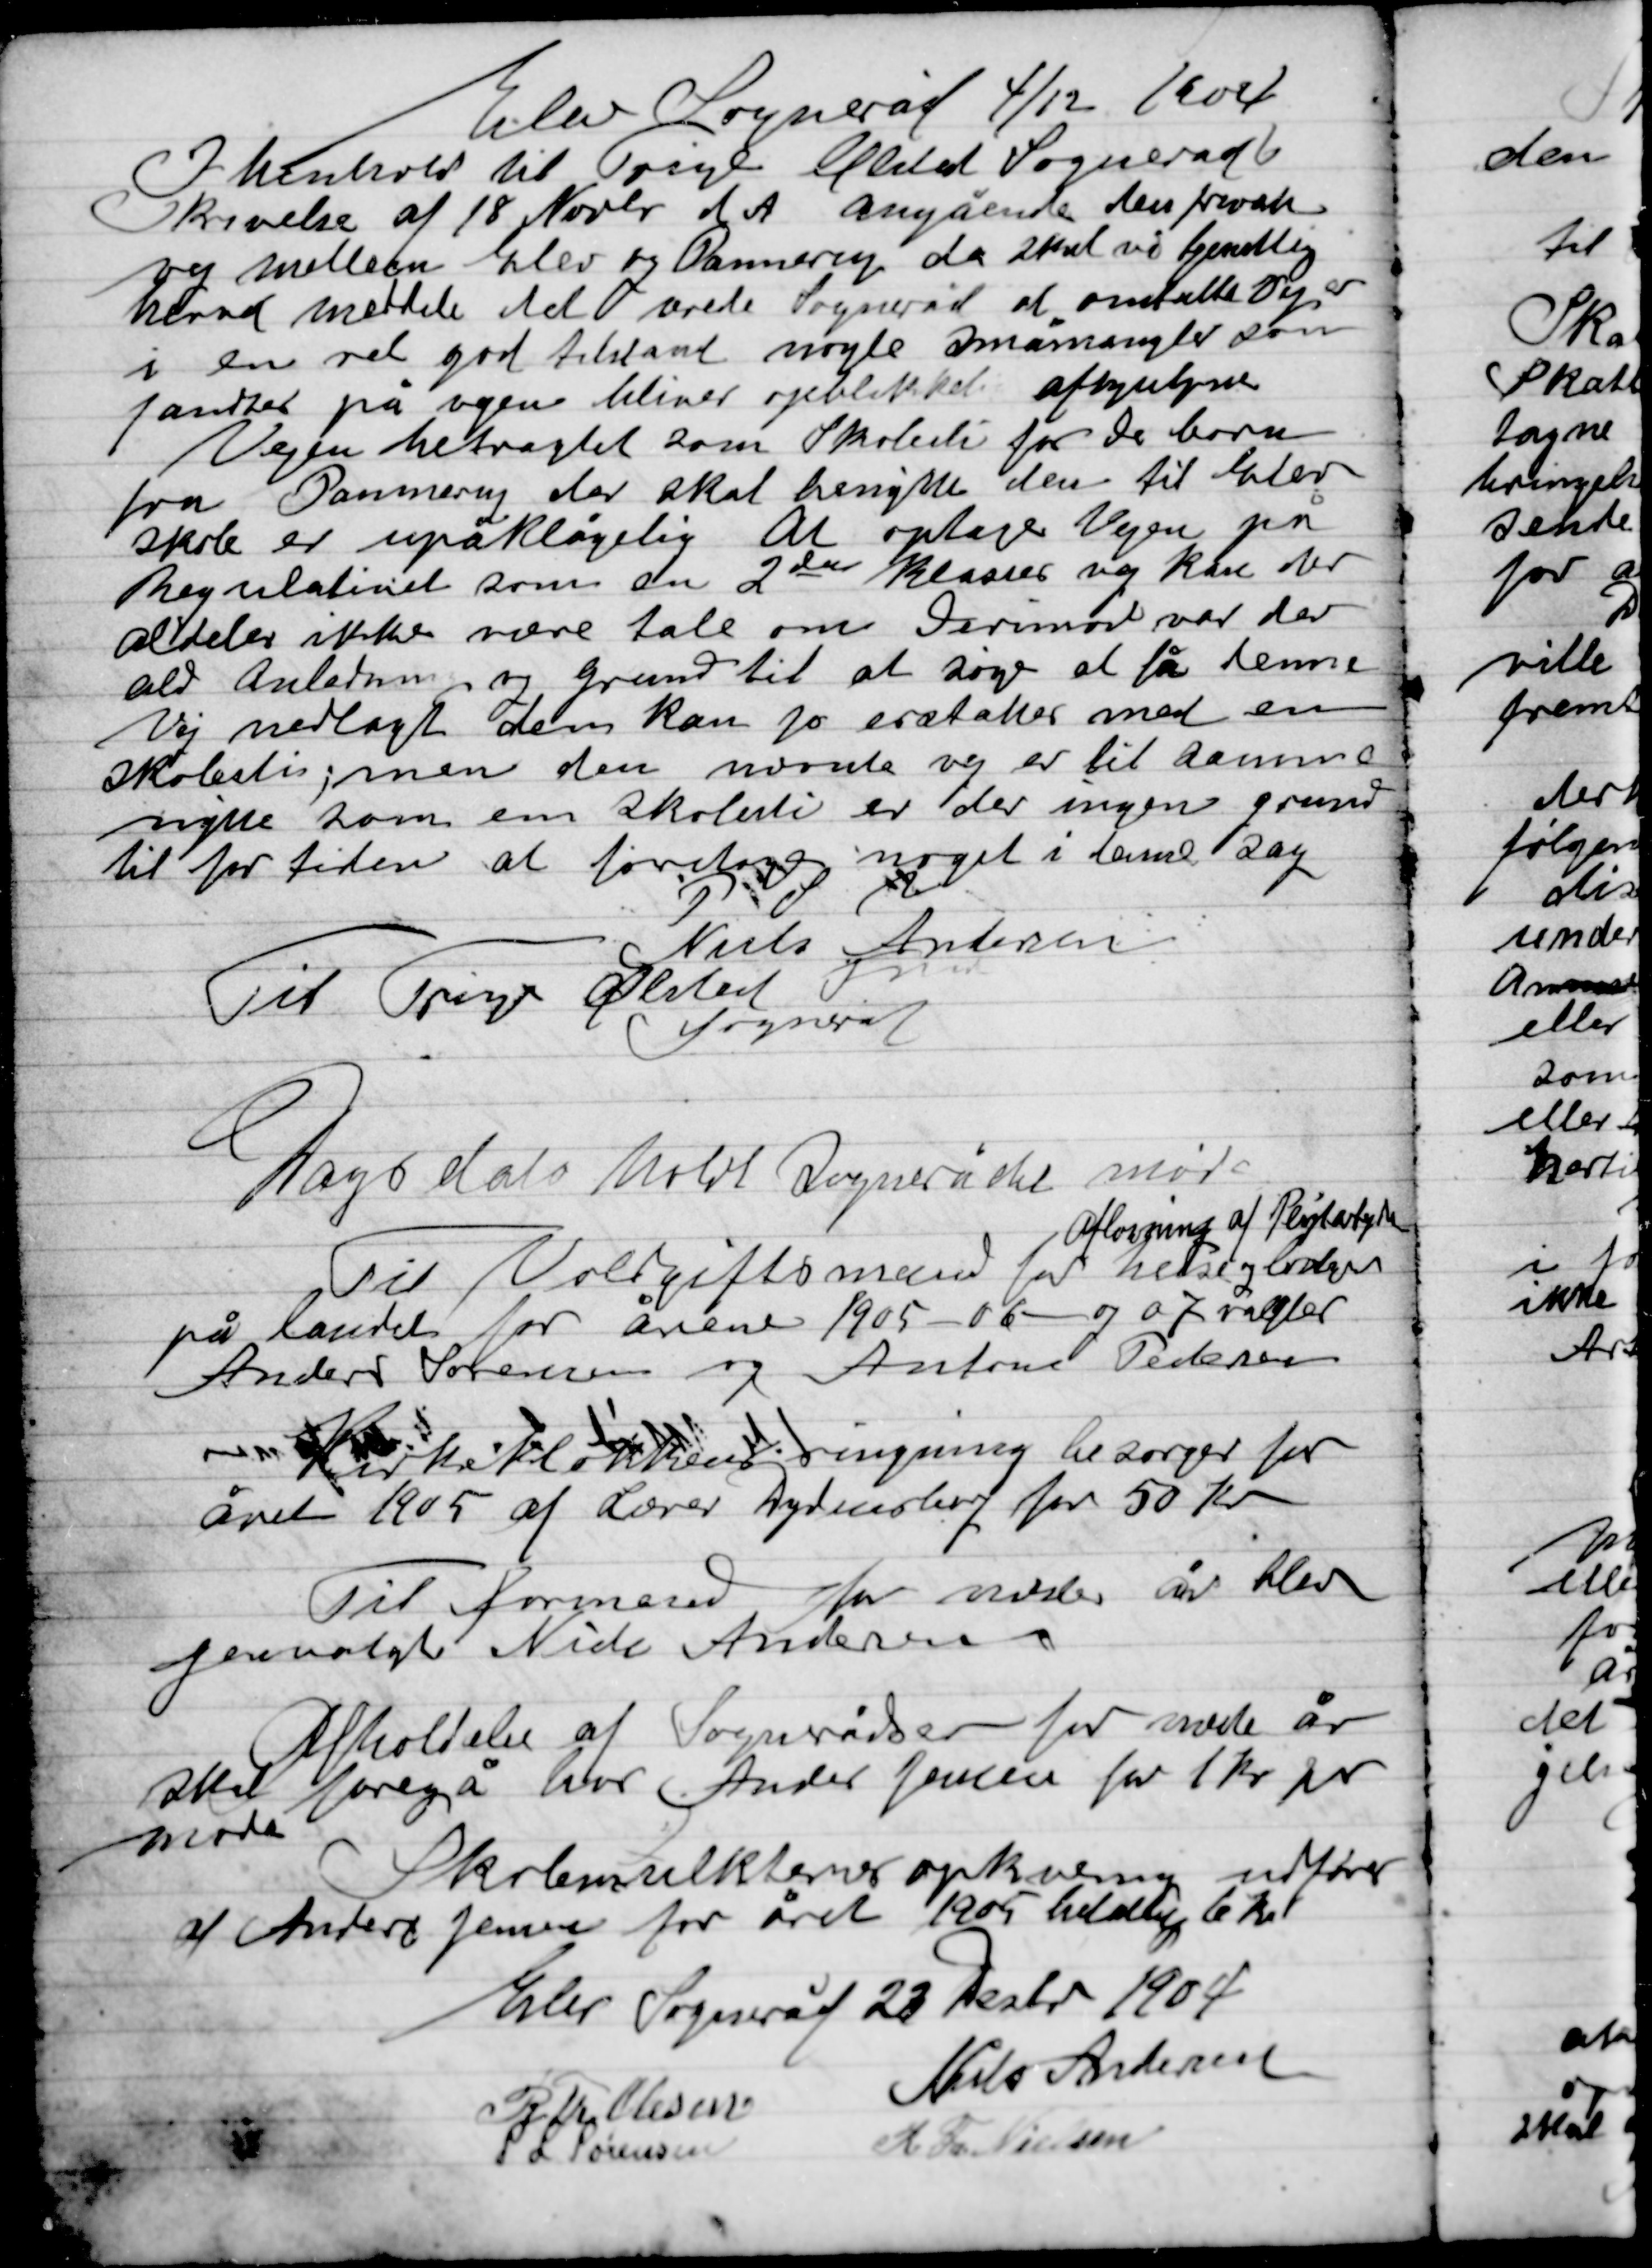
Transskription:
Elev Sogneråd 4/12 1904
I henhold til Trige Elsted Sogneråd
Skrivelse af 18 Novbr. d. A. angående den private
vej mellem Elev og Pannerup da skal vi tjenstlig
klart meddele det ærede Sogneråd at ommeldte Vej
i en ret god tilstand nogle småmangler som
fandtes på vejen bliver øjeblikket afhjulpne
Vejen betragtet som Skolesti for De børn
fra Pannerup der skal benytte den til elev
Skole er upåklagelig at optage Vejen på
Regulativet som en 2den klasses vej kan der
Aldeles ikke være tale om derimod var der
Ald Anledning og grund til a søge at få denne
Vej nedlagt dem kan jo erstattes med en
Skolesti; men den nævnte vej er til samme
nytte som en skolesti er der ingen grund
til for tiden at foretage noget i denne sag
P.U.V.
P. Niels Andersen
Til Trige Ølsted
Sogneråd

Dags dato holdt Sognerådet møde
Til Voldgiftsmand for
afløsning af Pligtarbejde
heste og loden
På landet for årene 1905-06 og 07 valgtes
Anders Sørensen og Anton Pedersen

Kirkeklokkeringning besørger for
Året 1905 af Lærer Dydensborg for 50 Kr.

Til formand for næste år blev
Forpagter Niels Andersen

Afholdelse af Sognerådene for næste år
Skal foregå hos Anders Jensen for 1 Kr. pr
Møde

Skolemulkterne opkræves udført
af Anders Jensen for året 1905 helden 6 Kr.

Elev Sogneråd 23 Decbr. 1904

R.Th. Olsen
Niels Andersen
S.L. Sørensen
K. Th. Nielsen